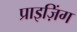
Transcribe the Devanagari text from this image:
प्राइज़िंग